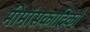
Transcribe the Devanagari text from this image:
मीमांसकादिकों